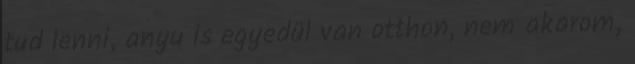
tud lenni, anyu is egyedül van otthon, nem akarom,